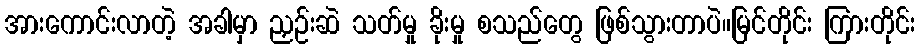
အားကောင်းလာတဲ့ အခါမှာ ညှဉ်းဆဲ သတ်မှု ခိုးမှု စသည်တွေ ဖြစ်သွားတာပဲ။မြင်တိုင်း ကြားတိုင်း